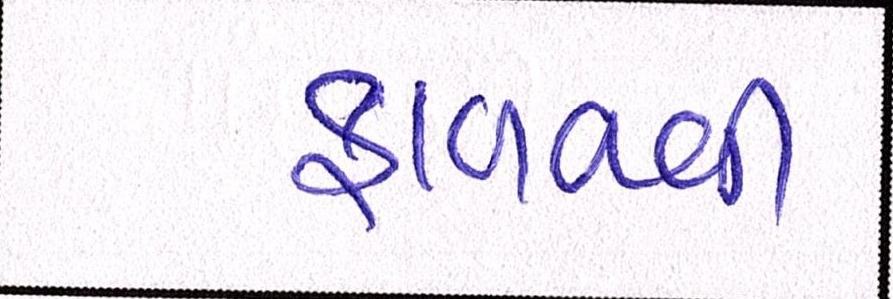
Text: ફાળવવી